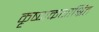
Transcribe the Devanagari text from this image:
कृष्णकथाश्रित